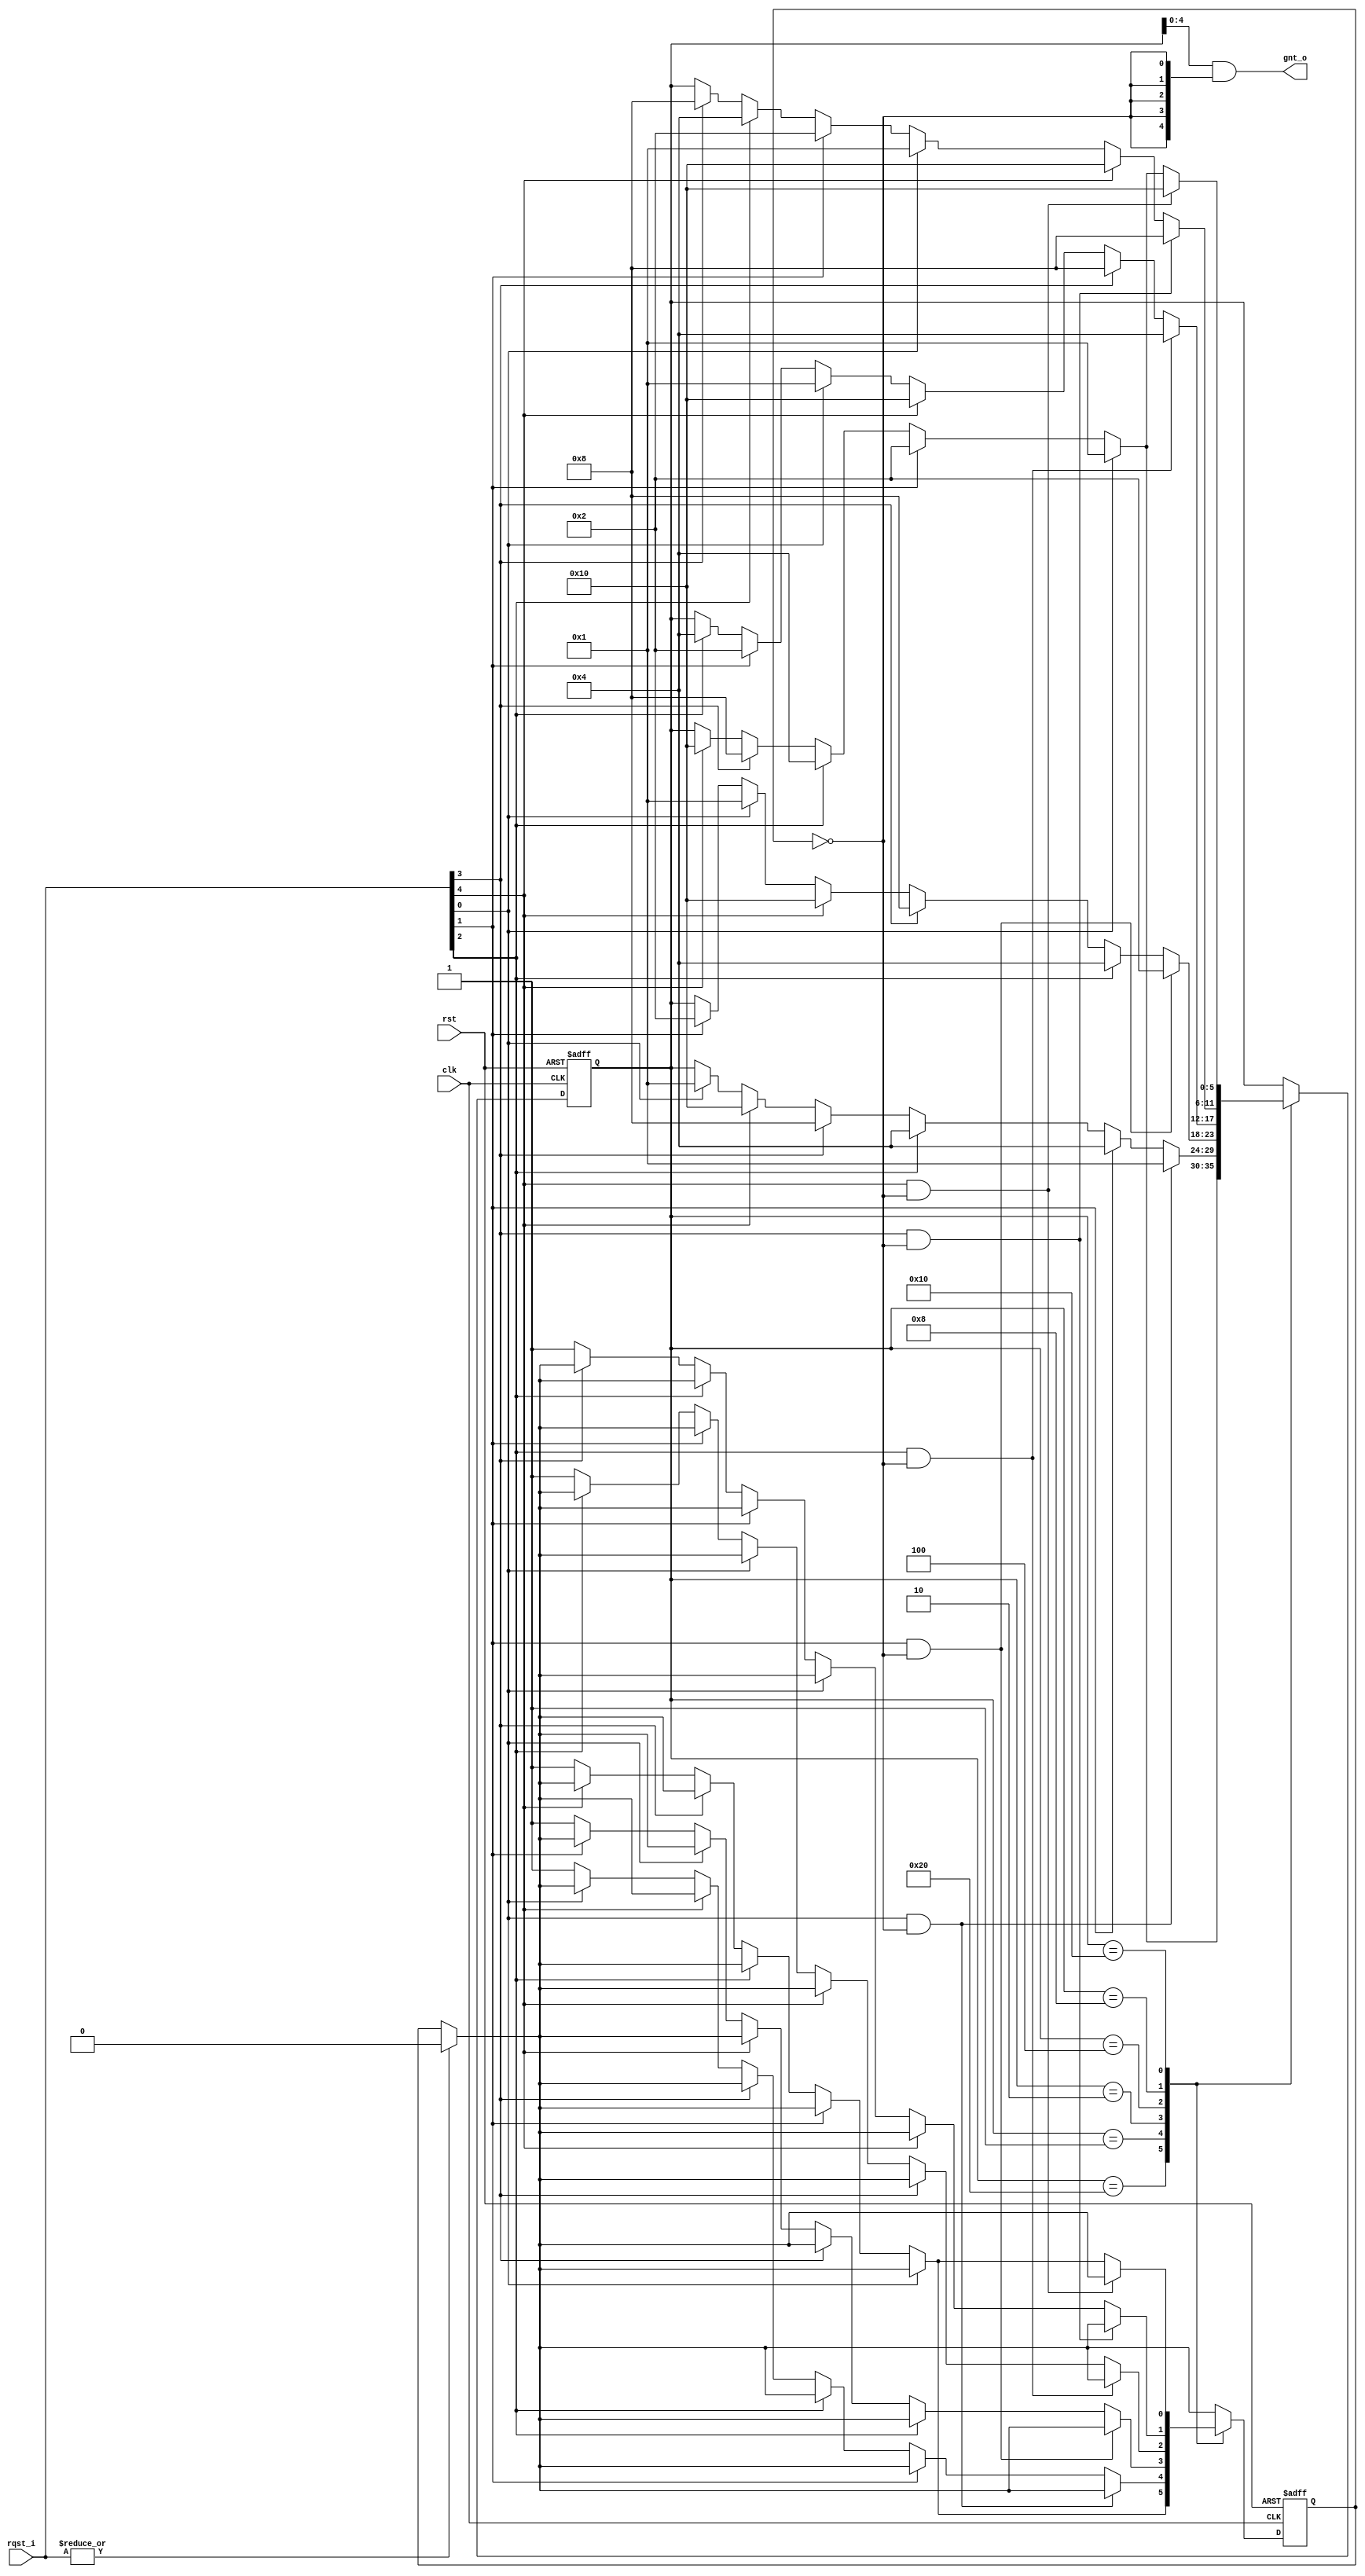
///////////////////////////////////////////////////////////////////////////////
//
//               Copyright 2006-2016 Mentor Graphics Corporation
//                          All Rights Reserved.
//  
//             THIS WORK CONTAINS TRADE SECRET AND PROPRIETARY
//           INFORMATION WHICH IS THE PROPERTY OF MENTOR GRAPHICS 
//          CORPORATION OR ITS LICENSORS AND IS SUBJECT TO LICENSE
//                                 TERMS.
//
///////////////////////////////////////////////////////////////////////////////
//
// Wishbone Arbiter
//
// Round robin arbiter for requests with the same priority.
// Supports 5 request grant pairs. No grant is asserted when there
// is no request.
//
///////////////////////////////////////////////////////////////////////////////

`timescale 1ns / 1ns

module wb_arbiter 
  ( clk, rst, rqst_i, gnt_o );

   input		clk;
   input		rst;
   input	[4:0]	rqst_i;		// Req input
   output	[4:0]	gnt_o;		// Grant output

   wire		clk;
   wire		rst;
   wire	[4:0]	rqst_i;
   wire	[4:0]	gnt_o;
   
   reg [5:0] cur_state;
   reg 	     clear;

   assign    gnt_o = cur_state[4:0] & {5{!clear}};
   
       
///////////////////////////////////////////////////////////////////////
//
// Next State Logic
//   - implements round robin arbitration algorithm
//   - switches grant if current req is dropped or next is asserted
//   - parks at last grant
//

   always @(posedge clk or posedge rst)
     if(rst)
       begin
	  cur_state <= 6'b10_0000;
	  clear <= 0;
       end
     else
       begin
	  if (|rqst_i) 
	    clear <= 0;
	  
	  case(cur_state)		// synopsys parallel_case full_case
 	    6'b10_0000 :
	      begin
		 if(rqst_i[0])                 cur_state <= 6'b00_0001;
		 else if(rqst_i[1])            cur_state <= 6'b00_0010;
		 else if(rqst_i[2])            cur_state <= 6'b00_0100;
		 else if(rqst_i[3])            cur_state <= 6'b00_1000;
		 else if(rqst_i[4])            cur_state <= 6'b01_0000;
		 else   
		   clear <=1;
	      end
	    
 	    6'b00_0001:
	      begin
		 if(rqst_i[0] && !clear)        cur_state <= 6'b00_0001;
		 else if(rqst_i[1])             cur_state <= 6'b00_0100;
		 else if(rqst_i[2])             cur_state <= 6'b00_0100;
		 else if(rqst_i[3])             cur_state <= 6'b00_1000;
		 else if(rqst_i[4])             cur_state <= 6'b01_0000;
		 else if(rqst_i[0])             cur_state <= 6'b00_0001;
		 else
		   clear <=1;
	      end
	    
 	    6'b00_0010:
	      begin
		 if(rqst_i[1] && !clear)        cur_state <= 6'b00_0010;
		 else if(rqst_i[2])             cur_state <= 6'b00_0100;
		 else if(rqst_i[3])             cur_state <= 6'b00_1000;
		 else if(rqst_i[4])             cur_state <= 6'b01_0000;
		 else if(rqst_i[0])             cur_state <= 6'b00_0001;
		 else if(rqst_i[1])             cur_state <= 6'b00_0010;
		 else
		   clear <=1;
	      end
	    
 	    6'b00_0100:
	      begin
		 if(rqst_i[2] && !clear)        cur_state <= 6'b00_0100;
		 else if(rqst_i[3])             cur_state <= 6'b00_1000;
		 else if(rqst_i[4])             cur_state <= 6'b01_0000;
		 else if(rqst_i[0])             cur_state <= 6'b00_0001;
		 else if(rqst_i[1])             cur_state <= 6'b00_0010;
		 else if(rqst_i[2])             cur_state <= 6'b00_0100;
		 else
		   clear <=1;
	      end
	    
 	    6'b00_1000:
	      begin
		 if(rqst_i[3] && !clear)        cur_state <= 6'b00_1000;
		 else if(rqst_i[4])             cur_state <= 6'b01_0000;
		 else if(rqst_i[0])             cur_state <= 6'b00_0001;
		 else if(rqst_i[1])             cur_state <= 6'b00_0010;
		 else if(rqst_i[2])             cur_state <= 6'b00_0100;
		 else if(rqst_i[3])             cur_state <= 6'b00_1000;
		 else
		   clear <=1;
	      end

 	    6'b01_0000:
	      begin
		 if(rqst_i[4] && !clear)        cur_state <= 6'b01_0000;
		 else if(rqst_i[0])             cur_state <= 6'b00_0001;
		 else if(rqst_i[1])             cur_state <= 6'b00_0010;
		 else if(rqst_i[2])             cur_state <= 6'b00_0100;
		 else if(rqst_i[3])             cur_state <= 6'b00_1000;
		 else if(rqst_i[4])             cur_state <= 6'b01_0000;
		 else
		   clear <=1;
	      end
            default : cur_state <= cur_state;

	  endcase
       end
endmodule